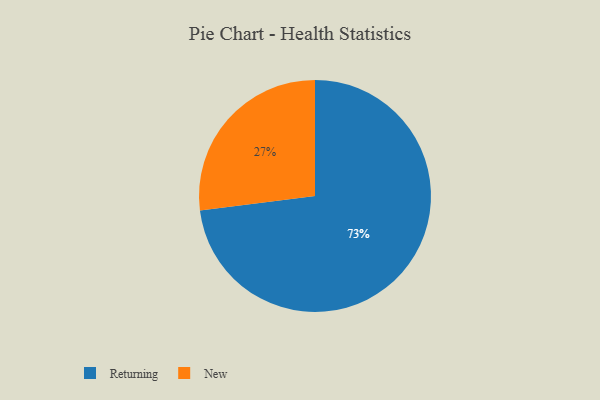
{"axis": {"x": "Category", "y": "Percentage"}, "legend": ["New", "Returning"], "data": [{"x": "New", "y": 27, "type": "New"}, {"x": "Returning", "y": 73, "type": "Returning"}]}